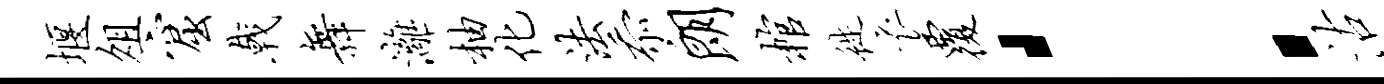
堰俎窟戟舞漓柚化法忝朗棺徙衣覆：沽